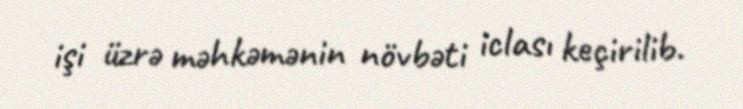
işi üzrə məhkəmənin növbəti iclası keçirilib.